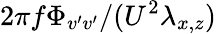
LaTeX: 2\pi f\Phi_{v^{\prime}v^{\prime}}/(U^{2}\lambda_{x,z})